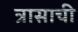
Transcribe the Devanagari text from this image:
त्रासाची